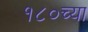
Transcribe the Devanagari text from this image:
१८०च्या